First report of the anti-malarial operations at Mian Mir, 1901-1903 - Number 6
Year: 1901
Disease focus: Malaria
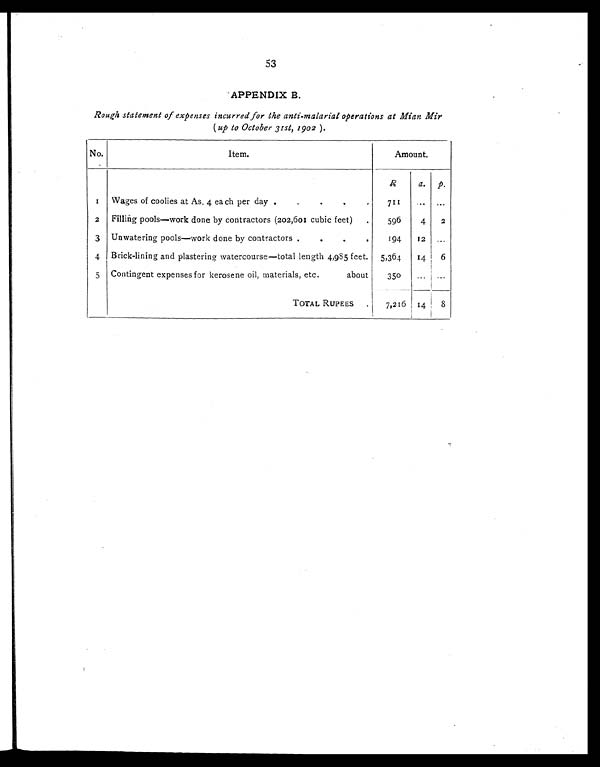
53
APPENDIX B.
Rough statement of expenses incurred for the anti-malarial operations at Mian Mir
(up to October 31st, 1902 ).
No.
Item.
Amount.
R
a. p.
1 Wages of coolies at As. 4 ea ch per day.
.
.
.
. 711
. . .
...
2
Filling pools—work done by contractors (202,601 cubic feet)
.
596
4
2
3 Unwatering pools—work done by contractors .
.
.
.
194
12
. . .
4 Brick-lining and plastering watercourse—total length 4,985 feet.
5,364
14
6
5 Contingent expenses for kerosene oil, materials, etc.
about
350
. . .
. . .
TOTAL RUPEES
.
7,216 14
8